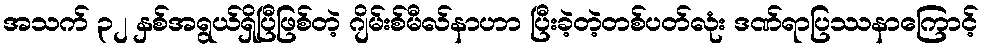
အသက် ၃၂ နှစ်အရွယ်ရှိပြီဖြစ်တဲ့ ဂျိမ်းစ်မီလ်နာဟာ ပြီးခဲ့တဲ့တစ်ပတ်လုံး ဒဏ်ရာပြဿနာကြောင့်